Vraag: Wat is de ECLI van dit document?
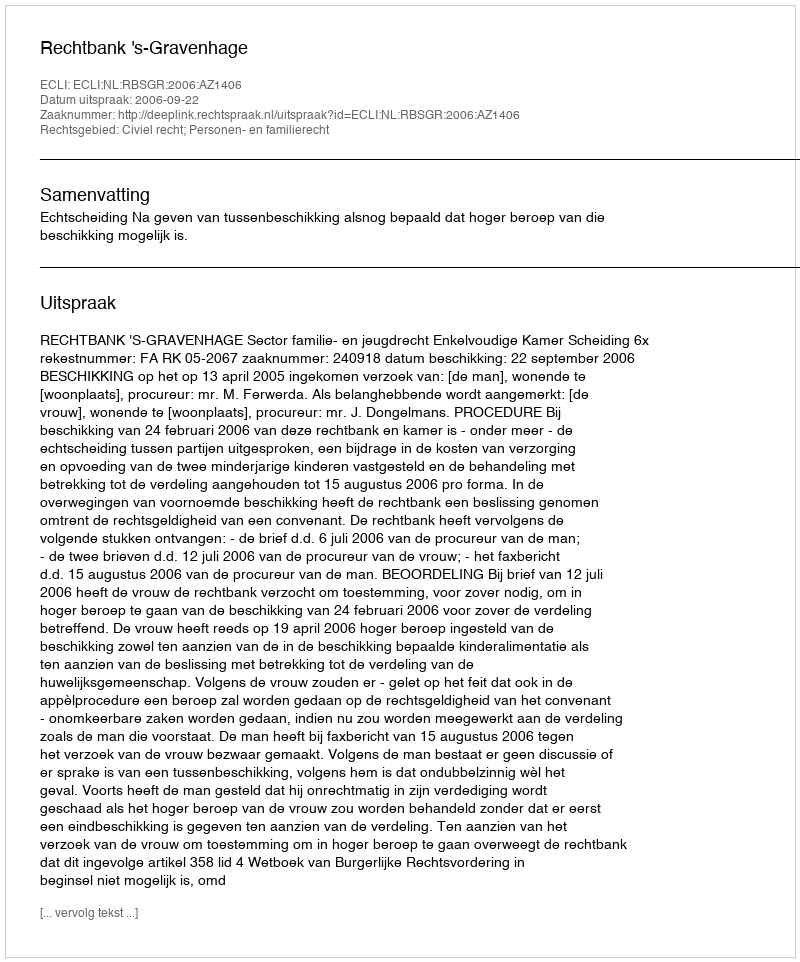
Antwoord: ECLI:NL:RBSGR:2006:AZ1406